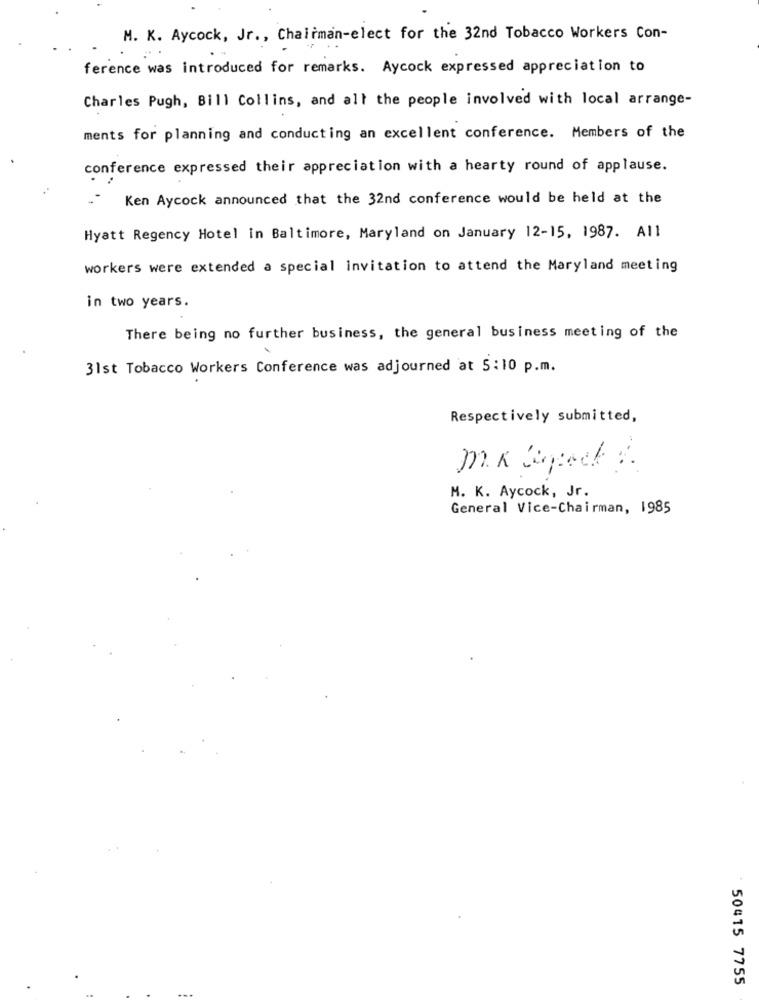
M. K. Aycock, Jr ., Chairman-elect for the 32nd Tobacco Workers Con-
ference was introduced for remarks. Aycock expressed appreciation to
Charles Pugh, Bill Collins, and all the people involved with local arrange-
ments for planning and conducting an excellent conference. Members of the
conference expressed their appreciation with a hearty round of applause.
Ken Aycock announced that the 32nd conference would be held at the
Hyatt Regency Hotel in Baltimore, Maryland on January 12-15, 1987. All
workers were extended a special invitation to attend the Maryland meeting
in two years.
There being no further business, the general business meeting of the
31st Tobacco Workers Conference was adjourned at 5:10 p.m.
Respectively submitted,
MR. Spock .
M. K. Aycock, Jr.
General Vice-Chairman, 1985
50415 7755